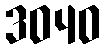
3040